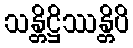
သန္တိဋ္ဌိဿန္တိပိ